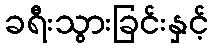
ခရီးသွားခြင်းနှင့်